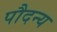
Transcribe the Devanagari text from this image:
पौदन्य